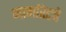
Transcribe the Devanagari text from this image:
मार्गारेटचे